Vana-Antsla_vallavalitsus, lk 46
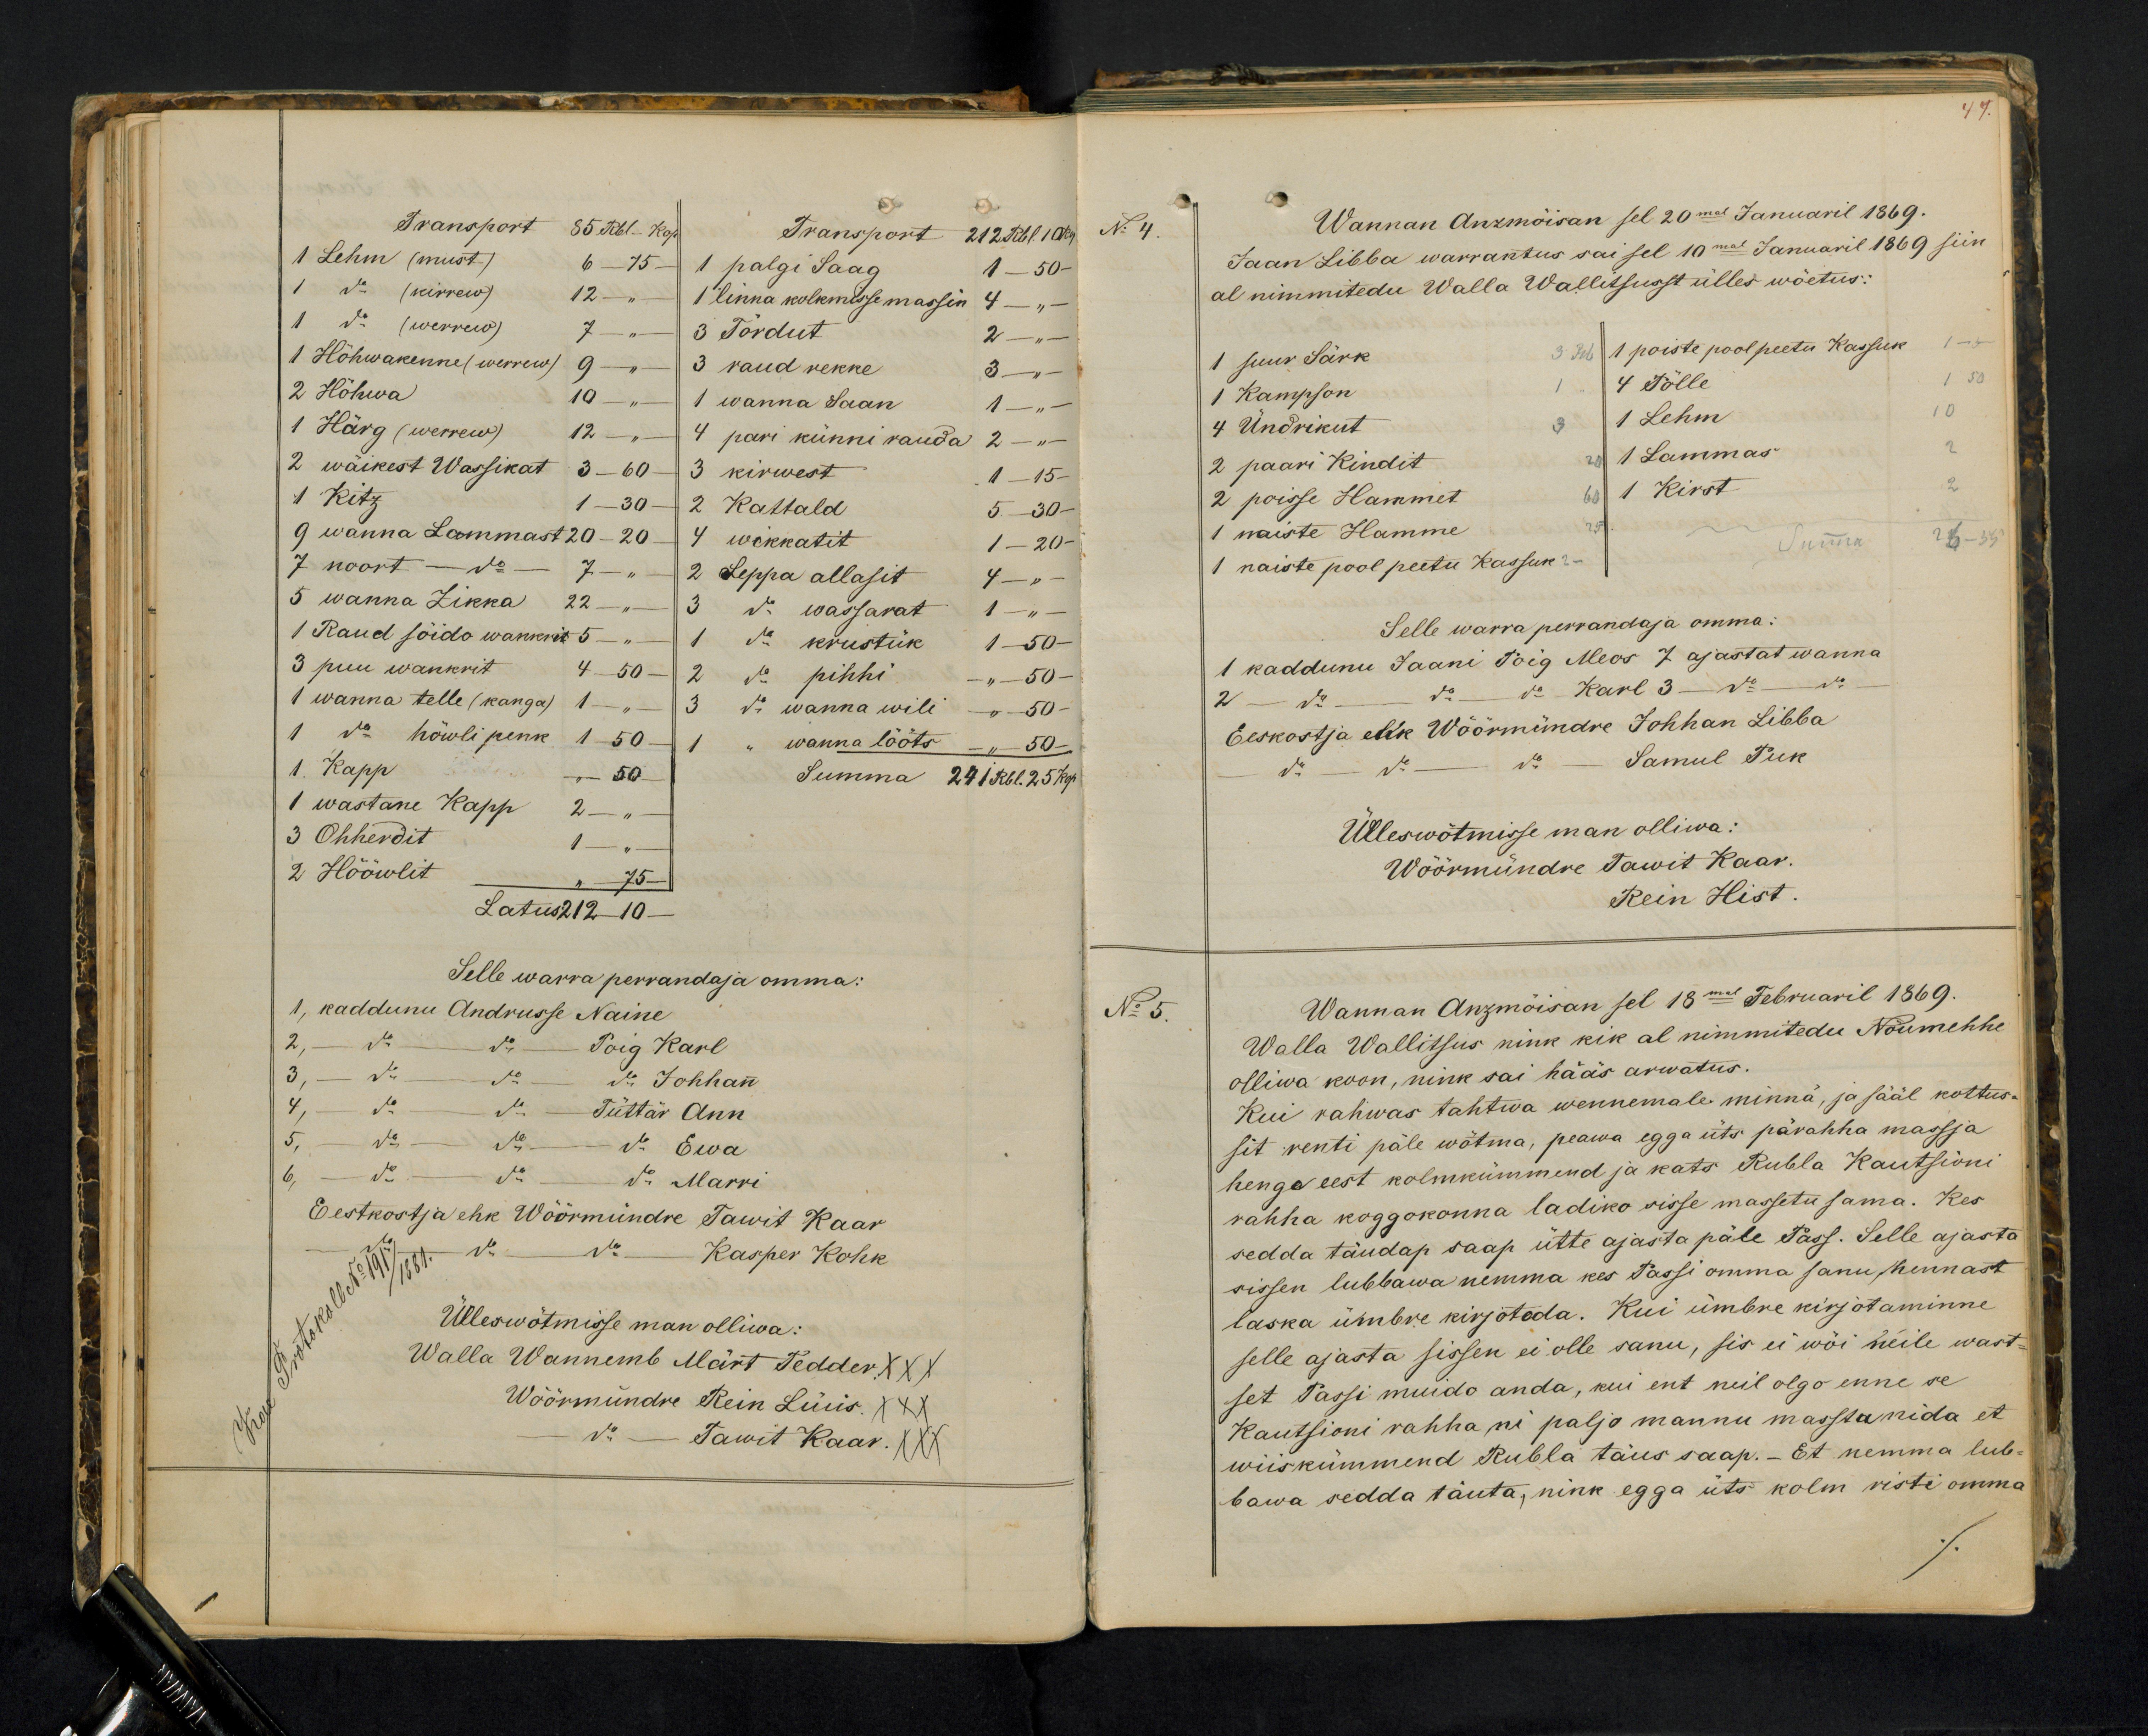
Transport 85 Rbl - Kop.
Transport 212 Rbl. 10 kop.
1 Lehm (must) 6 - 75 -
1 palgi Saag 1 - 50 -
1 do (kirrew) 12 "
1 linna kolkmisse massin 4 - " -
1 do (werrew) 7 " -
3 Tõrdut 2 " -
1 Hõhwakenne (werrew) 9 - "
3 raud rekke 3 "
2 Hõhwa 10 "
1 wanna Saan 1 - "
1 Härg (werrew) 12 "
4 pari künni rauda 2 - " -
2 wäikest Wassikat 3 - 60
3 kirwest 1 - 15-
1 Kitz
1 - 30
2 Kattald 5 - 30 -
9 wanna Lammast 20 - 20
4 wikkatit 1 - 20 -
7 noort - do - 7 " "
2 Seppa allasit 4 - " -
5 wanna Zikka 22 "
3 do wassarat 1 - " -
1 Raud söido wankrit 5 " "
1 do krustük 1-50-
3 puu wankrit 4-50
2 do pihhi - " 50 -
1 wanna telle (kanga) 1 - "
3 do wanna wili - 50
1 do höwli penk 1-50-
1 do wanna lõõts - " 50 -
1. Kapp - 50
Summa 24 1 Rbl. 25 kop.
3 Ohherdit 1 - "
1 wastane Kapp 2 - "
2 Hööwlit
" 75
Latus 212 10
Selle warra perrandaja omma:
1, kaddunu Andrusse Naine
2, do - do - Poig Karl
3. do - do - do  Johhann
4, do - do - Tüttär Ann
5, - do - do - do Eewa
6, - do - do - do Marri
Eestkostja ehk Wöörmündre Tawit Kaar
do - do Kasper Kohk
Ülleswõtmisse man olliwa:
Walla Wannemb Märt Tedder XXX
Wöörmündre Rein Lüüs XXX
do. - Tawit Kaar. XXX

44.
No 4.
Wannan Anzmöisan sel 20mal Januaril 1869.
Jaan Libba warrantus sai sel 10mal Januaril 1869 siin
al nimmitedu Walla Wallitsusst ülles wöetus:
1 suur Särk 3 Rb
1 poiste pool peetu Kassuk
1 Kampson 1
4 Põlle
4 Ündrikut 3
1 Lehm
10
2 paari kindit
1 Lammas
2 poisse Hammet
1 Kirst
2
1 naiste Hamme
Summa
1 naiste pool peetu Kassuk 2 -
Selle warra perrandaja omma:
1 kaddunu Jaani Poig Meos 7 ajastat wanna
2 - do - do  - do Karl 3 do -
Eeskostja ehk Wöörmündre Johhan Libba
do - do - do - Samul Puk
Ülleswõtmisse man olliwa:
Wöörmündre Tawit Kaar.
Rein Hist.
No 5.
Wannan Anzmöisan sel 18mal Februaril 1869.
Walla Wallitsus nink kik al nimmitedu Nöumehhe
olliwa koon, nink sai hääs arwatus.
Kui rahwas tahtwa wennemale minnä, ja sääl kottus-
sit renti päle wõtma, peawa egga üts pärahha massja
henga eest kolmkümmend ja kats Rubla Kautsioni
rahha koggokonna ladiko sisse massetu sama. Kes
sedda täudap saap ütte ajasta päle Pass. Selle ajasta
sissen lubbawa nemma kes Passi omma sanu, hennast
laska ümbre kirjotada. Kui ümbre kirjotaminne
selle ajasta sissen ei olle sanu, sis ei wöi neile wast-
set Passi muido anda, kui ent neil olgo enne se
Kautsioni rahha ni paljo mannu massta nida et
wiiskümmend Rubla täus saap. - Et nemma lub-
bawa sedda täuta, nink egga üts kolm risti omma